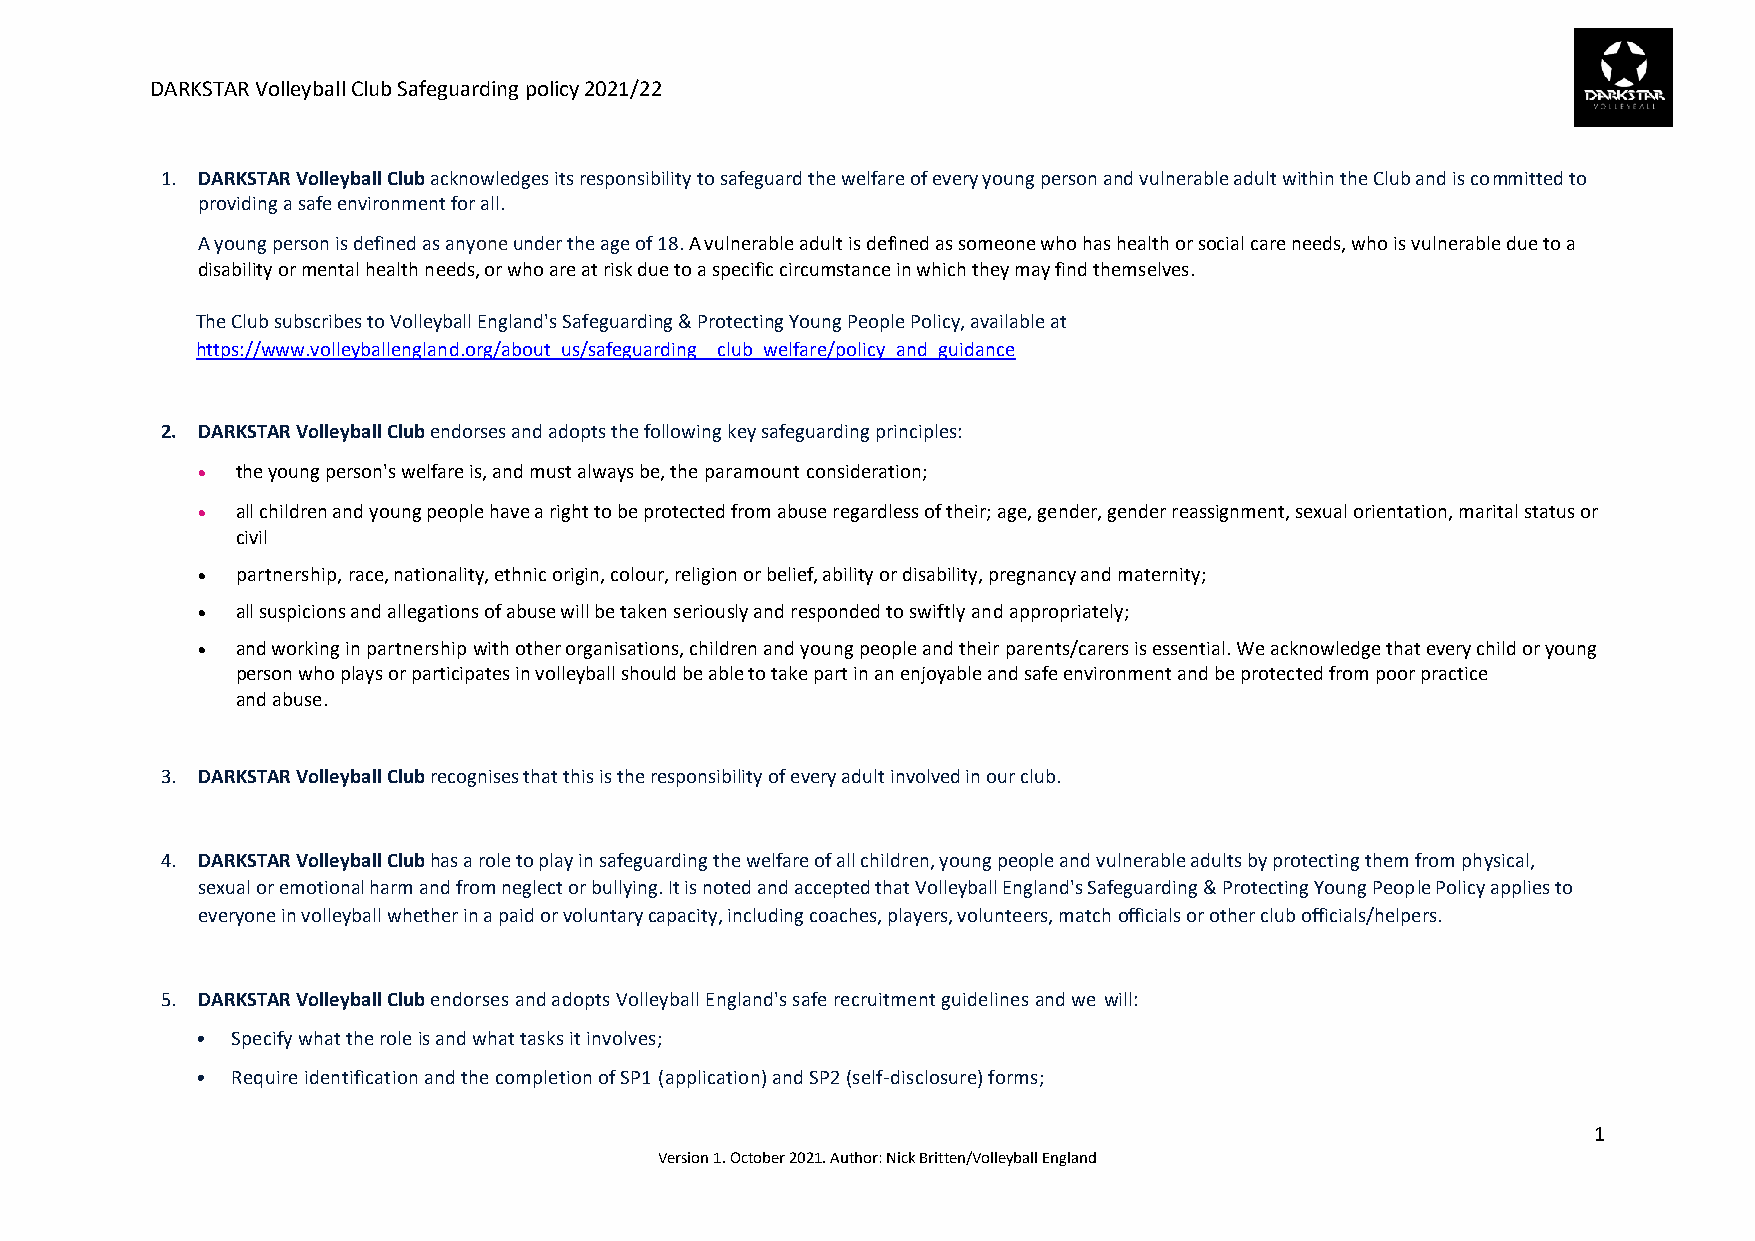
DARKSTAR Volleyball Club Safeguarding policy 2021/22
 1. DARKSTAR Volleyball Club acknowledges its responsibility to safeguard the welfare of every young person and vulnerable adult within the Club and is committed to
 providing a safe environment for all.
 A young person is defined as anyone under the age of 18. A vulnerable adult is defined as someone who has health or social care needs, who is vulnerable due to a
 disability or mental health needs, or who are at risk due to a specific circumstance in which they may find themselves.
 The Club subscribes to Volleyball England's Safeguarding & Protecting Young People Policy, available at
 https://www.volleyballengland.org/about_us/safeguarding__club_welfare/policy_and_guidance
 2. DARKSTAR Volleyball Club endorses and adopts the following key safeguarding principles:
 •  the young person's welfare is, and must always be, the paramount consideration;
 •  all children and young people have a right to be protected from abuse regardless of their; age, gender, gender reassignment, sexual orientation, marital status or
 civil
 •  partnership, race, nationality, ethnic origin, colour, religion or belief, ability or disability, pregnancy and maternity;
 •  all suspicions and allegations of abuse will be taken seriously and responded to swiftly and appropriately;
 •  and working in partnership with other organisations, children and young people and their parents/carers is essential. We acknowledge that every child or young
 person who plays or participates in volleyball should be able to take part in an enjoyable and safe environment and be protected from poor practice
 and abuse.
 3. DARKSTAR Volleyball Club recognises that this is the responsibility of every adult involved in our club.
 4. DARKSTAR Volleyball Club has a role to play in safeguarding the welfare of all children, young people and vulnerable adults by protecting them from physical,
 sexual or emotional harm and from neglect or bullying. It is noted and accepted that Volleyball England's Safeguarding & Protecting Young People Policy applies to
 everyone in volleyball whether in a paid or voluntary capacity, including coaches, players, volunteers, match officials or other club officials/helpers.
 5. DARKSTAR Volleyball Club endorses and adopts Volleyball England's safe recruitment guidelines and we will:
 • Specify what the role is and what tasks it involves;
 • Require identification and the completion of SP1 (application) and SP2 (self-disclosure) forms;
 1
 Version 1. October 2021. Author: Nick Britten/Volleyball England